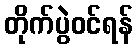
တိုက်ပွဲဝင်ရန်